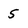
Character: 5